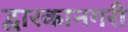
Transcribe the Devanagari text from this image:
द्वारकानगरी